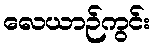
လေယာဉ်ကွင်း